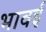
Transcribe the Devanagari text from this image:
भावई